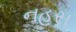
નહસ